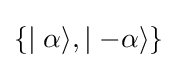
\lbrace \mid \alpha \rangle ,\mid -\alpha \rangle \rbrace